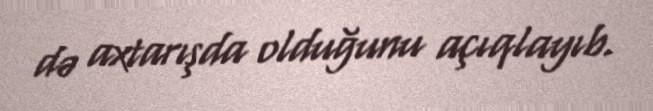
də axtarışda olduğunu açıqlayıb.